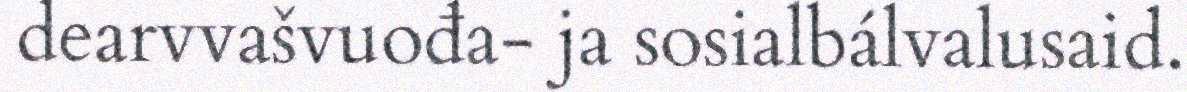
dearvvašvuođa- ja sosialbálvalusaid.